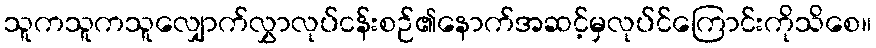
သူကသူကသူလျှောက်လွှာလုပ်ငန်းစဉ်၏နောက်အဆင့်မှလုပ်င်ကြောင်းကိုသိစေ။